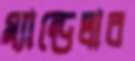
ম্যান্ডেলার